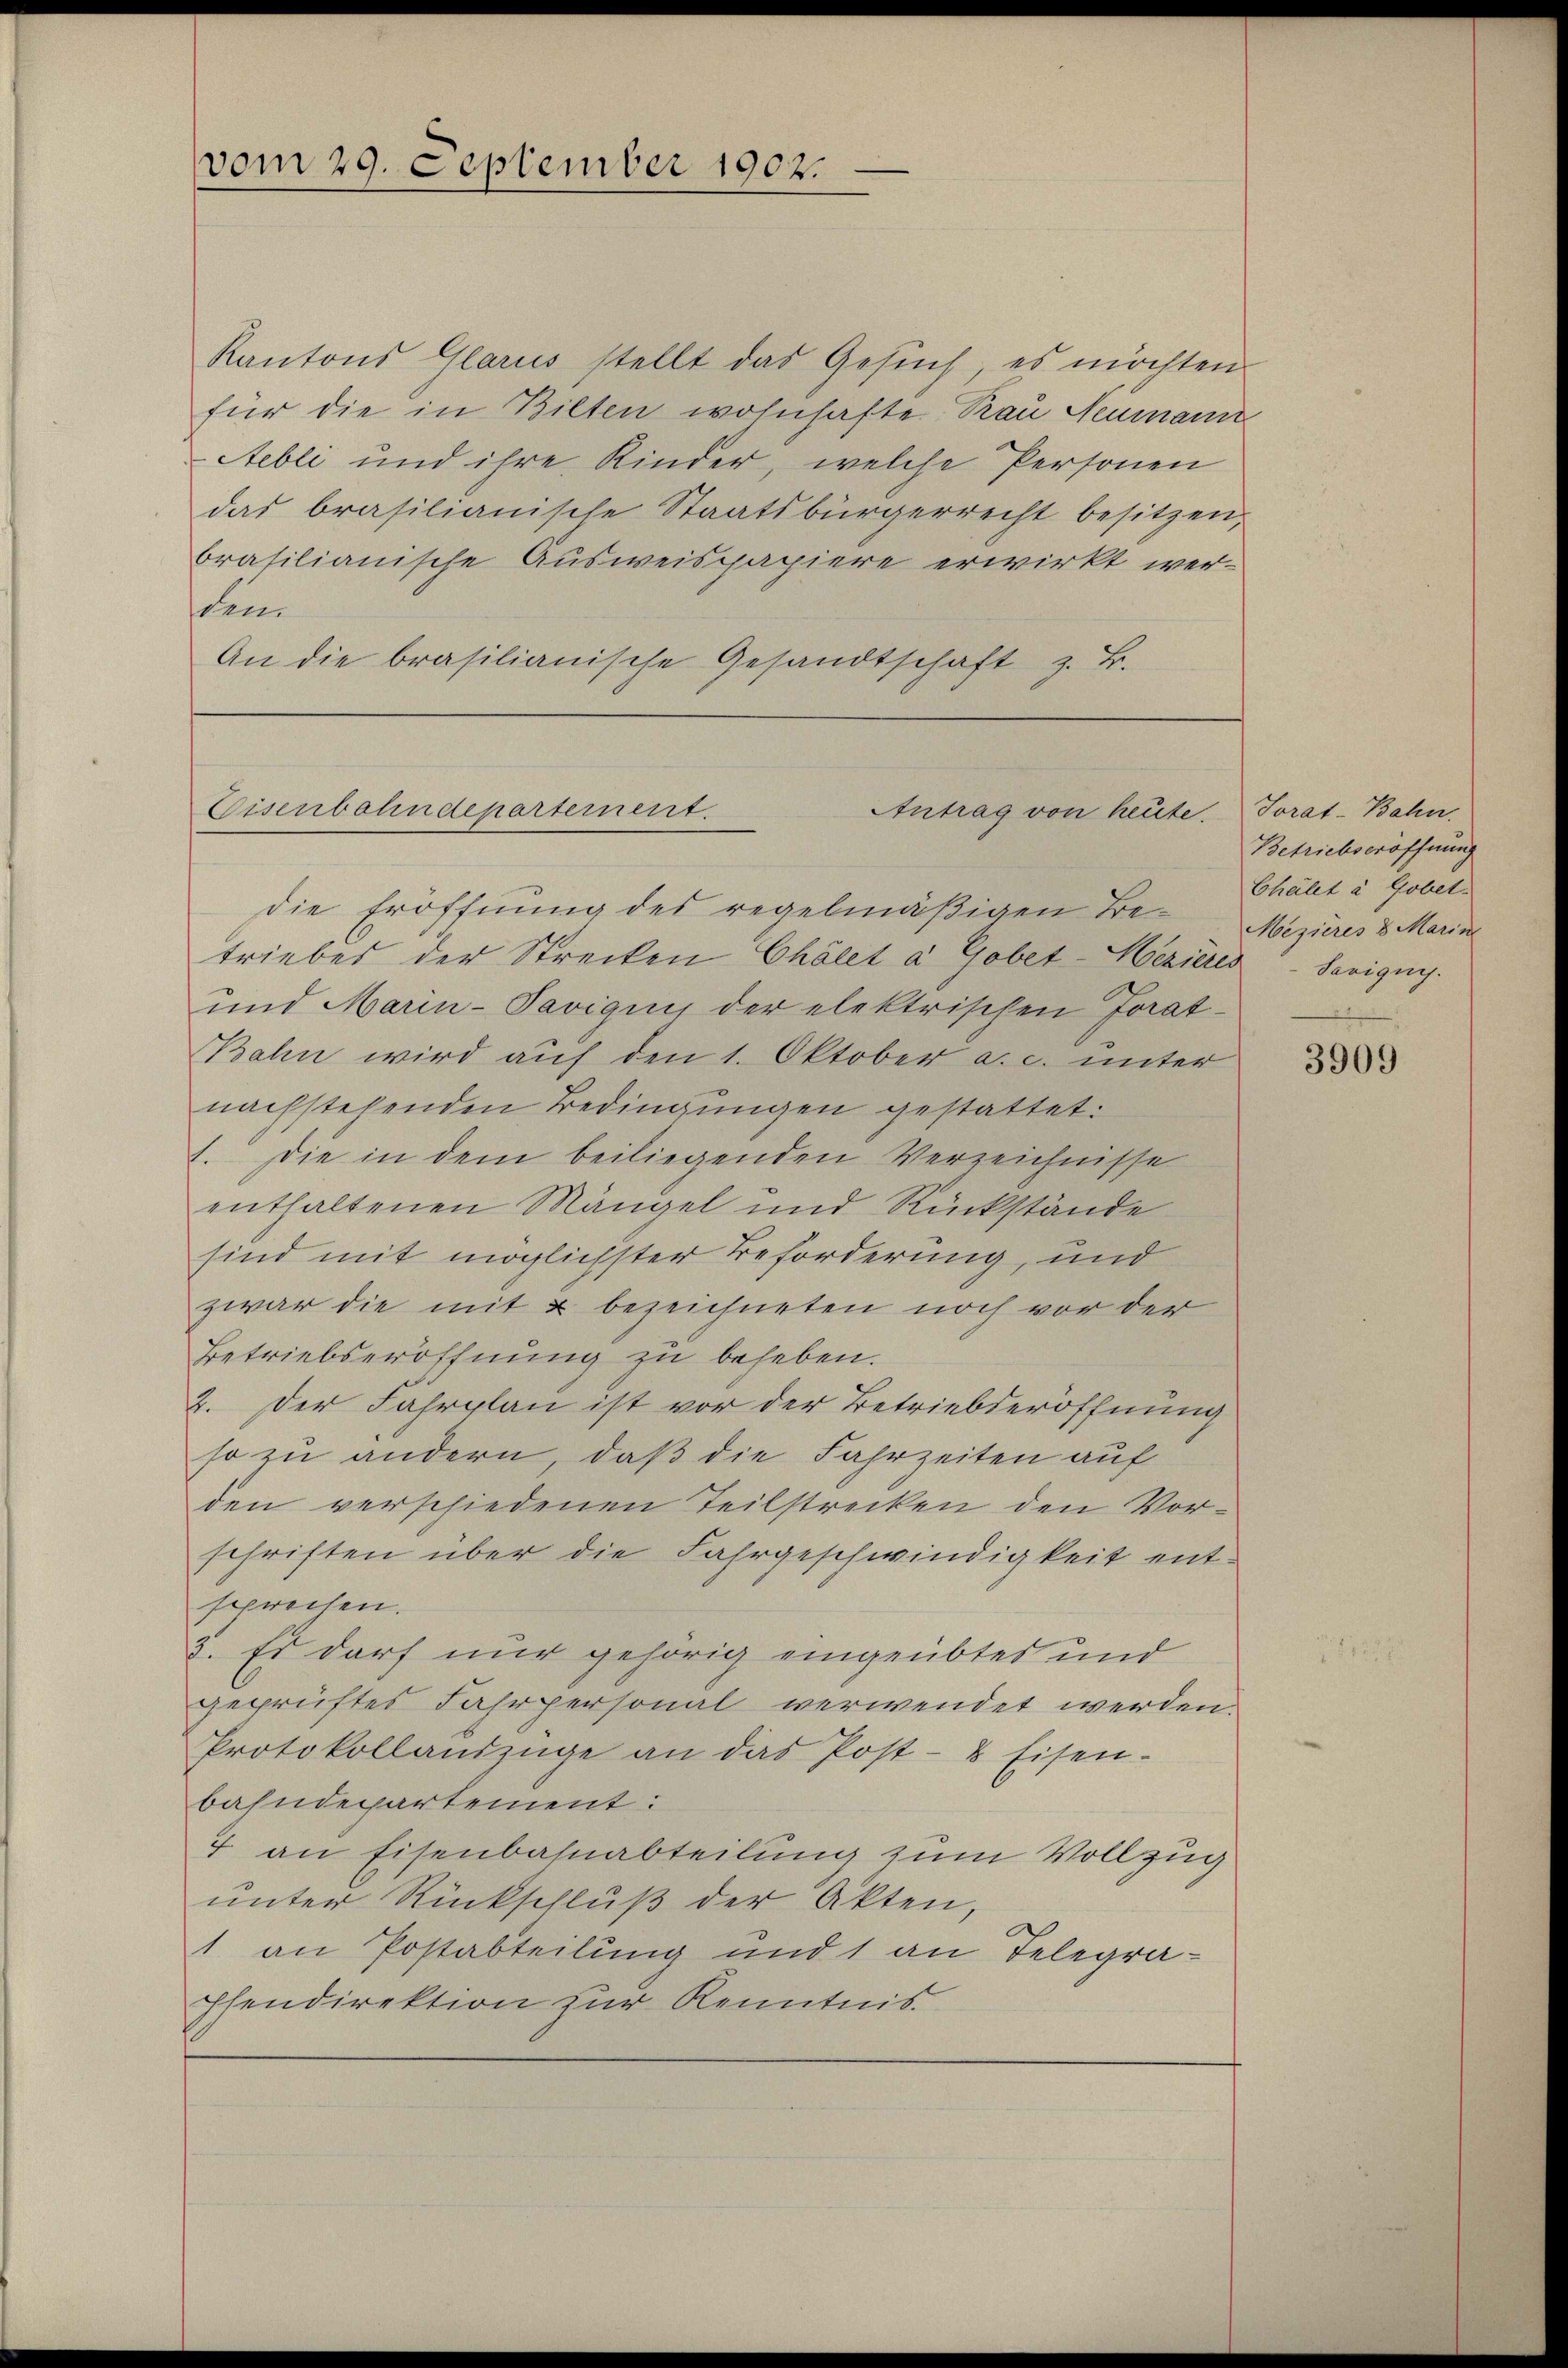
vom 29. September 1902.

Kantons Glarus stellt das Gesŭch, es möchten
für die in Bilten wohnhafte Trau Neumann
Aebli und ihre Kinder, welche Personen
das brasilianische Staatsbürgerrecht besitzen,
brasilianische Ausweispapiere erwirkt wer-
dem
An die brasilianische Gesandtschaft z. B.

Eisenbahndepartement.
Antrag von heute. Torat-Bahn.

die Eröffnung des regelmäßigen Betriebes der Strecken Chölet a Gobet-Hezieres Savigny-
und Marin-Paviquis der elektrischen Jorat¬
Bahn wird auf den 1. Oktober a. c. unter
nachstehenden Bedingungen gestattet.
2. Die in dem beiliegenden Verzeichnisse
enthaltenen Mängel und Rückstände
sind mit möglichster Beförderung, und
zwar die mit u bezeichneten noch vor der
Betriebseröffnung zu beheben.
2. Der Fahrplan ist vor der Betriebderöffnung
so zu andern, daß die Fahrzeiten auf
den verschiedenen Teilstrecken den Vorschriften über die Fahrgeschwindigkeit entsprechen.
3. Es darf nur gehörig eingeübtes und
geprüftes Fahrpersonal verwendet werden.
Protokollandzüge an das Post- & Eisen-
bahndepartement:
4 an Eisenbahnabteilung zum Vollzug
unter Rückschlŭβ der Akten,
1 an Postabteilung und 1 an Telegraphendirektion zur Kenntnis.

Betriebseröffnung
Chalet à Gobet.
Mizieres 8 Marine

3909